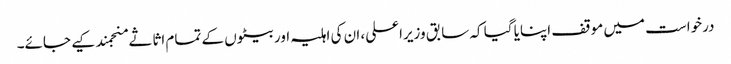
درخواست میں موقف اپنایا گیا کہ سابق وزیراعلی، ان کی اہلیہ اور بیٹوں کے تمام اثاثے منجمند کیے جائے۔